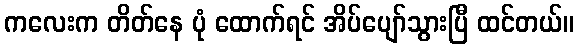
ကလေးက တိတ်နေ ပုံ ထောက်ရင် အိပ်ပျော်သွားပြီ ထင်တယ်။